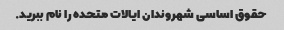
حقوق اساسی شهروندان ایالات متحده را نام ببرید.